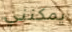
يمكنني